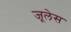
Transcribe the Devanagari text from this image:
जूलेस